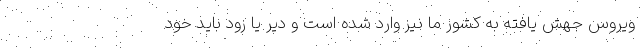
ویروس جهش یافته به کشور ما نیز وارد شده است و دیر یا زود باید خود